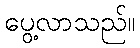
ပွေ့လာသည်။